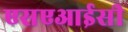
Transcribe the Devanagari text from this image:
एसएआईसी